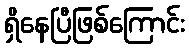
ရှိနေပြီဖြစ်ကြောင်း